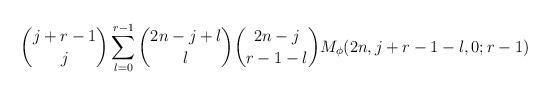
LaTeX: \begin{align*}\binom{j+r-1}{j}\sum_{l=0}^{r-1}\binom{2n-j+l}{l}\binom{2n-j}{r-1-l}M_{\phi}(2n,j+r-1-l,0;r-1)\end{align*}